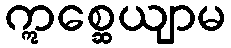
ဣစ္ဆေယျာမ